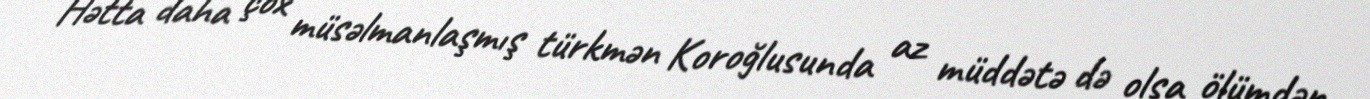
Hətta daha çox müsəlmanlaşmış türkmən Koroğlusunda az müddətə də olsa ölümdən